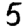
Digit: 5